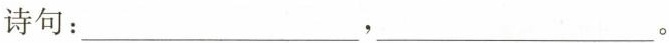
诗句：___，___。